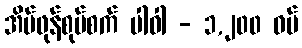
အိမ်ဖုန်စုပ်စက် ပါဝါ - ၁,၂၀၀ ဝပ်